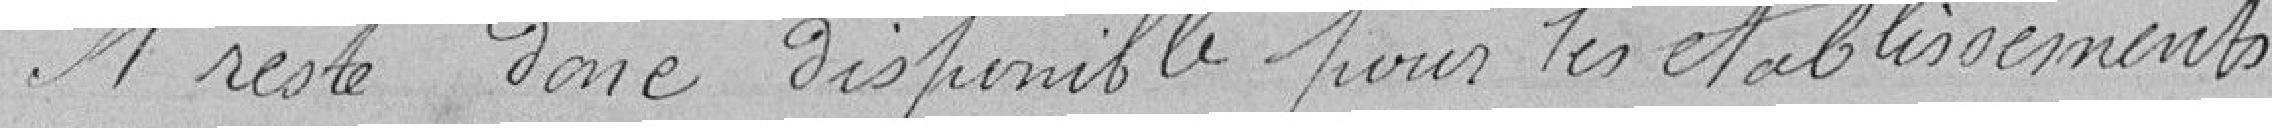
Il reste donc disponible pour les établissements